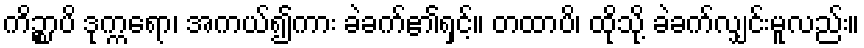
ကိဉ္စာပိ ဒုက္ကရော၊ အကယ်၍ကား ခဲခက်၏ရှင့်။ တထာပိ၊ ထိုသို့ ခဲခက်လျှင်းမူလည်း။